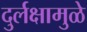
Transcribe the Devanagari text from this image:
दुर्लक्षामुळे